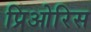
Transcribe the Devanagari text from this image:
प्रिओरिस